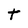
Character: t